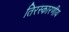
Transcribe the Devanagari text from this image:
तिरस्कारणीय